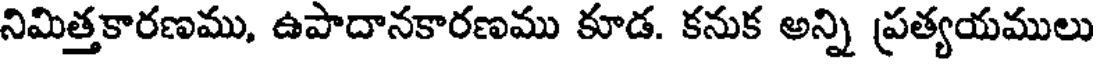
నిమిత్తకారణము, ఉపాదానకారణము కూడ. కనుక అన్ని ప్రత్యయములు